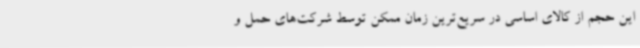
این حجم از کالای اساسی در سریع‌ترین زمان ممکن توسط شرکت‌های حمل و